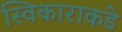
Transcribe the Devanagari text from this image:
स्विकाराकडे